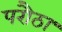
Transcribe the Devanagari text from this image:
परौठा